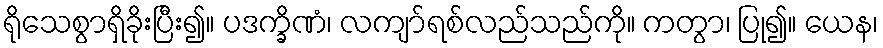
ရိုသေစွာရှိခိုးပြီး၍။ ပဒက္ခိဏံ၊ လကျာ်ရစ်လည်သည်ကို။ ကတွာ၊ ပြု၍။ ယေန၊